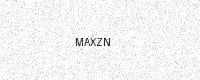
Text: MAXZN